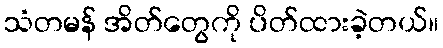
သံတမန် အိတ်တွေကို ပိတ်ထားခဲ့တယ်။